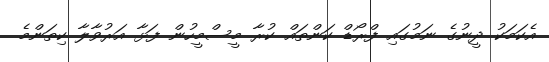
އެކަމަކު ދީނުގެ ނަމުގައި ފްރޯޑް ކަންތައް ކުރާ މީސްމީހުން ފަޅާ އަރުވާލާ ކިތަންމެ